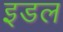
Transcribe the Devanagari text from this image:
इडल